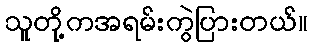
သူတို့ကအရမ်းကွဲပြားတယ်။